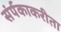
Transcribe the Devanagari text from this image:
संर्पकाकरीता